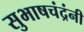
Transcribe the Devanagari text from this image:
सुभाषचंद्रंनी